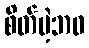
စိတ်မဲ့ဘဝ